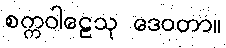
စက္ကဝါဠေသု ဒေဝတာ။